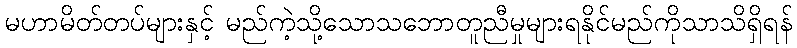
မဟာမိတ်တပ်များနှင့် မည်ကဲ့သို့သောသဘောတူညီမှုများရနိုင်မည်ကိုသာသိရှိရန်